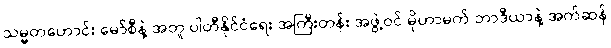
သမ္မတဟောင်း မော်စီနဲ့ အတူ ပါတီနိုင်ငံရေး အကြီးတန်း အဖွဲ့ဝင် မိုဟာမက် ဘာဒီယာနဲ့ အက်ဆန်